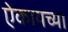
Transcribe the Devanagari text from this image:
ऐकायच्या